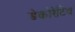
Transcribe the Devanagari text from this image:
डेकोरेटिव